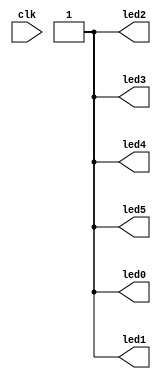
module conled(
    input clk,
    output led0,
    output led1,
    output led2,
    output led3,
    output led4,
    output led5
    );
reg [25:0] counter;
reg [5:0] ledout;

//assign {led0,led1,led2,led3,led4,led5}=ledout;
assign {led0,led1,led2,led3,led4,led5}=6'b111111;

//generate 0,25,50,75, and 100% duty cycle signals
assign duty0=0;
assign duty1=counter[15]&counter[16]&counter[17];
assign duty2=counter[15]&counter[16];
assign duty3=counter[15];
assign duty4=1;

always @(posedge clk)
begin
	//increment counter
	counter<=counter+1;
	//use high 3 bits as state, translate duty cycle accordingly
	case (counter[25:23])
    3'b000:ledout={duty0,duty4,duty3,duty2,duty1,duty0};
    3'b001:ledout={duty4,duty3,duty2,duty1,duty0,duty0};
    3'b010:ledout={duty3,duty2,duty1,duty0,duty0,duty0};
    3'b011:ledout={duty2,duty1,duty0,duty0,duty0,duty0};
    3'b100:ledout={duty1,duty0,duty0,duty0,duty0,duty4};
    3'b101:ledout={duty0,duty0,duty0,duty0,duty4,duty3};
    3'b110:ledout={duty0,duty0,duty0,duty4,duty3,duty2};
    default:ledout={duty0,duty0,duty4,duty3,duty2,duty1};
//    3'b000:ledout={duty0,duty1,duty2,duty3,duty4,duty3};
//    3'b001:ledout={duty1,duty2,duty3,duty4,duty3,duty2};
//    3'b010:ledout={duty2,duty3,duty4,duty3,duty2,duty1};
//    3'b011:ledout={duty3,duty4,duty3,duty2,duty1,duty0};
//    3'b100:ledout={duty4,duty3,duty2,duty1,duty0,duty1};
//    3'b101:ledout={duty3,duty2,duty1,duty0,duty1,duty2};
//    3'b110:ledout={duty2,duty1,duty0,duty1,duty2,duty3};
//    default:ledout={duty1,duty0,duty1,duty2,duty3,duty4};
  endcase
end

endmodule